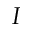
I